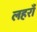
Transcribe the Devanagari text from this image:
लहराँ